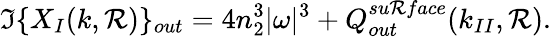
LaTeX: \Im\{ X_{I}(k,\mathcal{R})\} _{out}=4n_{2}^{3}|\omega|^{3}+Q_{out}^{su\mathcal{R}face}(k_{II},\mathcal{R}).